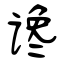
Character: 谗